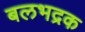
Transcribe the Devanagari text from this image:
बलभद्रक